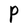
Character: P